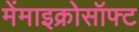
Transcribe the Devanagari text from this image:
मेंमाइक्रोसॉफ्ट